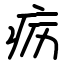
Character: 疬